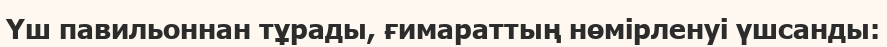
Үш павильоннан тұрады, ғимараттың нөмірленуі үшсанды: